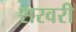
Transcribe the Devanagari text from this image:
सरवरी